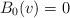
LaTeX: \begin{align*} B_0(v)=0\end{align*}